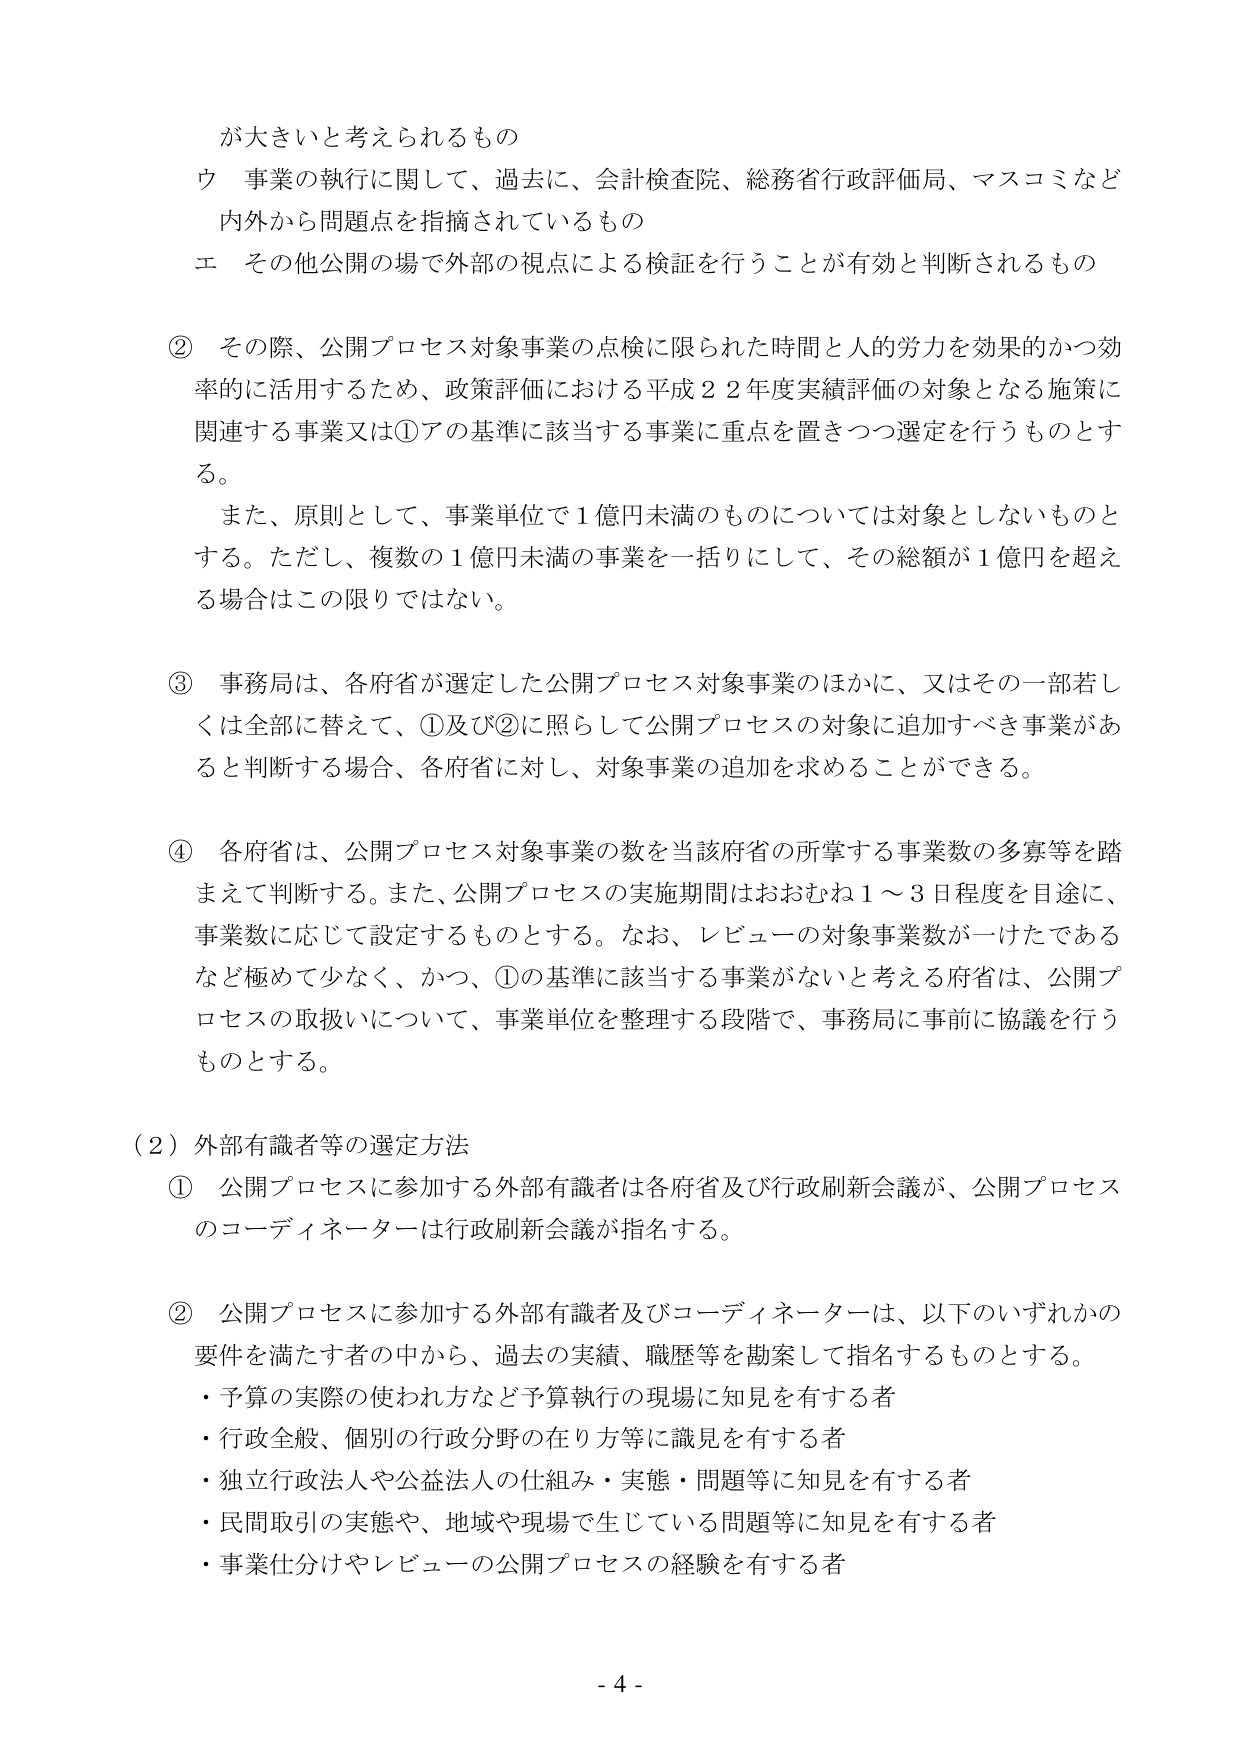
が大きいと考えられるもの
ウ 事業の執行に関して、過去に、会計検査院、総務省行政評価局、マスコミなど
内外から問題点を指摘されているもの
エ その他公開の場で外部の視点による検証を行うことが有効と判断されるもの

② その際、公開プロセス対象事業の点検に限られた時間と人的労力を効果的かつ効
率的に活用するため、政策評価における平成２２年度実績評価の対象となる施策に
関連する事業又は①アの基準に該当する事業に重点を置きつつ選定を行うものとす
る。
　また、原則として、事業単位で１億円未満のものについては対象としないものと
する。ただし、複数の１億円未満の事業を一括りにして、その総額が１億円を超え
る場合はこの限りではない。

③ 事務局は、各府省が選定した公開プロセス対象事業のほかに、又はその一部若し
くは全部に替えて、①及び②に照らして公開プロセスの対象に追加すべき事業があ
ると判断する場合、各府省に対し、対象事業の追加を求めることができる。

④ 各府省は、公開プロセス対象事業の数を当該府省の所掌する事業数の多寡等を踏
まえて判断する。また、公開プロセスの実施期間はおおむね１～３日程度を目途に、
事業数に応じて設定するものとする。なお、レビューの対象事業数が一けたである
など極めて少なく、かつ、①の基準に該当する事業がないと考える府省は、公開プ
ロセスの取扱いについて、事業単位を整理する段階で、事務局に事前に協議を行う
ものとする。

（２）外部有識者等の選定方法
① 公開プロセスに参加する外部有識者は各府省及び行政刷新会議が、公開プロセス
のコーディネーターは行政刷新会議が指名する。

② 公開プロセスに参加する外部有識者及びコーディネーターは、以下のいずれかの
要件を満たす者の中から、過去の実績、職歴等を勘案して指名するものとする。
・予算の実際の使われ方など予算執行の現場に知見を有する者
・行政全般、個別の行政分野の在り方等に識見を有する者
・独立行政法人や公益法人の仕組み・実態・問題等に知見を有する者
・民間取引の実態や、地域や現場で生じている問題等に知見を有する者
・事業仕分けやレビューの公開プロセスの経験を有する者

- 4 -